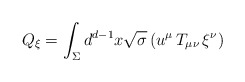
\begin{align*}Q_\xi = \int_\Sigma d^{d-1}x \sqrt{\sigma} \, (u^\mu \, T_{\mu\nu} \, \xi^\nu) \end{align*}